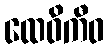
ထေဝိကီဝ